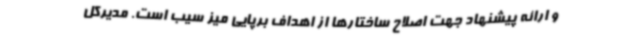
و ارائه پیشنهاد جهت اصلاح ساختارها از اهداف برپایی میز سیب است. مدیرکل